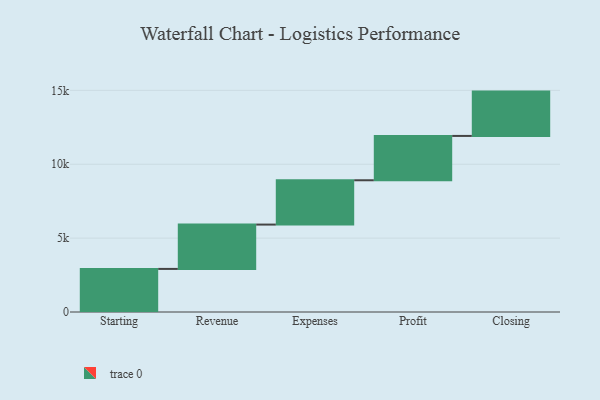
{"axis": {"x": "Step", "y": "Value"}, "legend": [""], "data": [{"x": "Starting", "y": 2916.0, "type": ""}, {"x": "Revenue", "y": 3000, "type": ""}, {"x": "Expenses", "y": 3000, "type": ""}, {"x": "Profit", "y": 3000, "type": ""}, {"x": "Closing", "y": 3000, "type": ""}]}